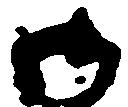
御